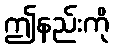
ဤနည်းကို